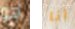
هو أنا